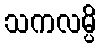
သကလမ္ပိ